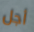
أجل